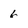
Character: 6